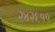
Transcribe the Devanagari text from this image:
२४२६११